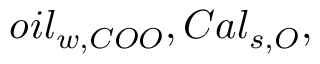
o i l _ { w , C O O } , C a l _ { s , O } ,